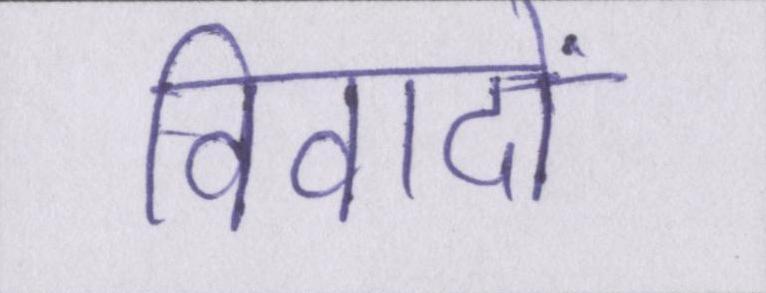
विवादों